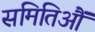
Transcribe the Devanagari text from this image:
समितिऔं